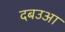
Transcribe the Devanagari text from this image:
दबउआ